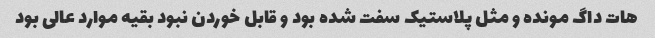
هات داگ مونده و مثل پلاستیک سفت شده بود و قابل خوردن نبود بقیه موارد عالی بود